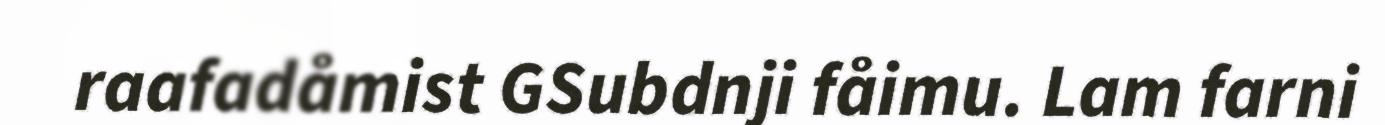
raafadåmist GSubdnji fåimu. Lam farni